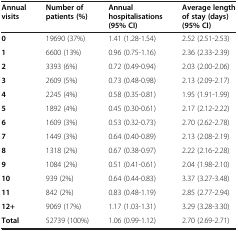
| Annual visits | Number of patients (%) | Annual hospitalisations (95% CI) | Average length of stay (days) (95% CI) |
 | --- | --- | --- | --- |
 | 0 | 19690 (37%) | 1.41 (1.28-1.54) | 2.52 (2.51-2.53) |
 | 1 | 6600 (13%) | 0.96 (0.75-1.16) | 2.36 (2.33-2.39) |
 | 2 | 3393 (6%) | 0.72 (0.49-0.94) | 2.03 (2.00-2.06) |
 | 3 | 2609 (5%) | 0.73 (0.48-0.98) | 2.13 (2.09-2.17) |
 | 4 | 2245 (4%) | 0.58 (0.35-0.81) | 1.95 (1.91-1.99) |
 | 5 | 1892 (4%) | 0.45 (0.30-0.61) | 2.17 (2.12-2.22) |
 | 6 | 1609 (3%) | 0.53 (0.32-0.73) | 2.70 (2.62-2.78) |
 | 7 | 1449 (3%) | 0.64 (0.40-0.89) | 2.13 (2.08-2.19) |
 | 8 | 1318 (2%) | 0.67 (0.38-0.97) | 2.22 (2.16-2.28) |
 | 9 | 1084 (2%) | 0.51 (0.41-0.61) | 2.04 (1.98-2.10) |
 | 10 | 939 (2%) | 0.64 (0.44-0.83) | 3.37 (3.27-3.48) |
 | 11 | 842 (2%) | 0.83 (0.48-1.19) | 2.85 (2.77-2.94) |
 | 12+ | 9069 (17%) | 1.17 (1.03-1.31) | 3.29 (3.28-3.30) |
 | Total | 52739 (100%) | 1.06 (0.99-1.12) | 2.70 (2.69-2.71) |